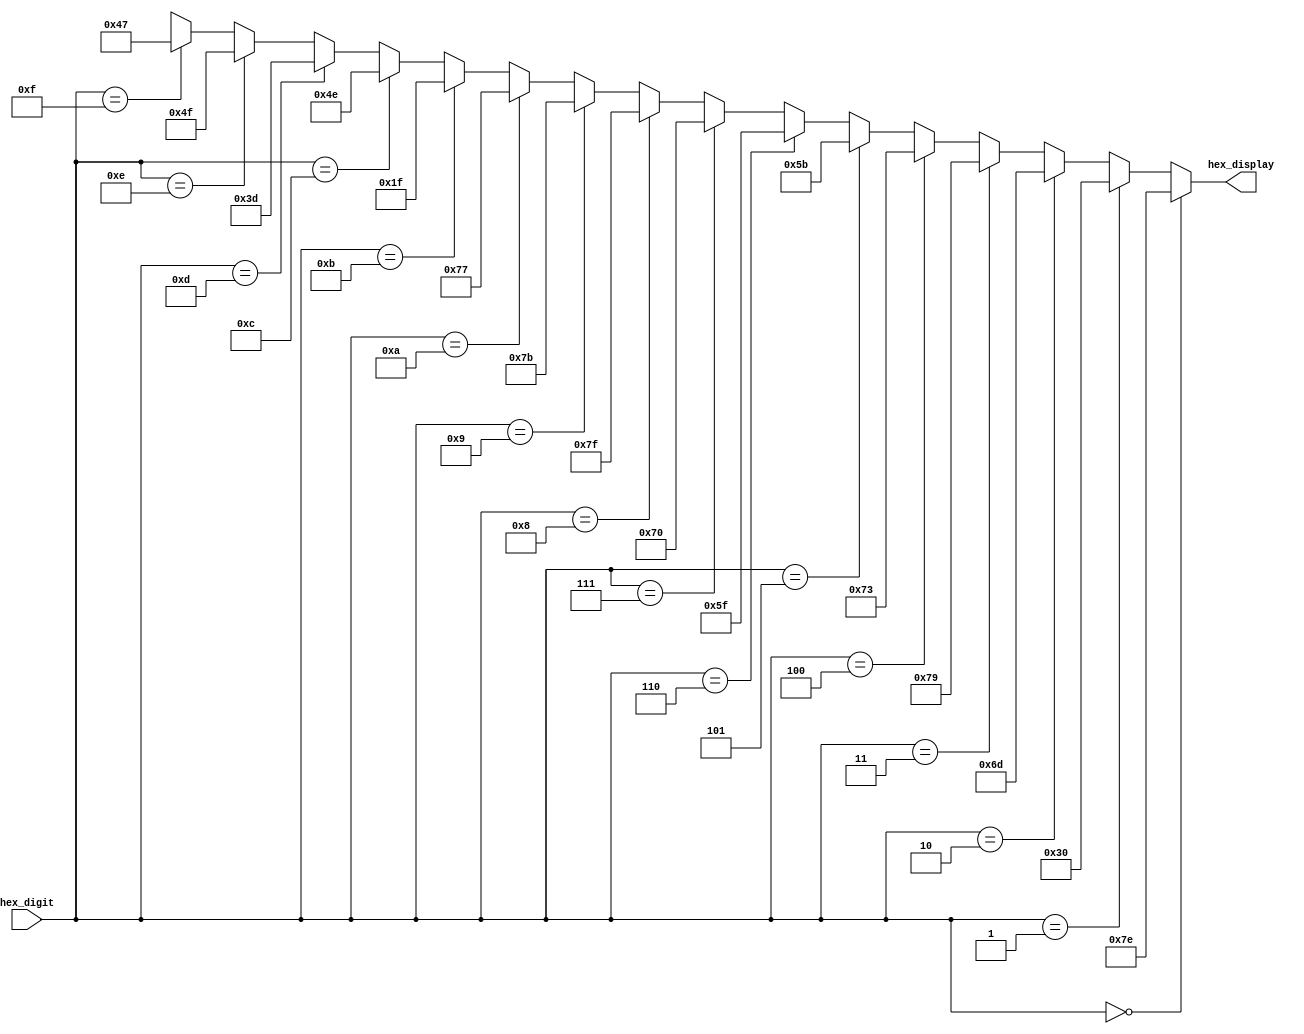

// Version:    1 
// Description: using continuous assignment to convert the binary hex value to the active LED to represent that HEX

module sevensegdecoder_cont_sefunmi(hex_digit, hex_display);
   input  [3:0] hex_digit;
   output [6:0] hex_display;

   assign hex_display = (hex_digit == 4'b0000) ? 7'b1111110:
			(hex_digit == 4'b0001) ? 7'b0110000:
            		(hex_digit == 4'b0010) ? 7'b1101101:
			(hex_digit == 4'b0011) ? 7'b1111001:
            		(hex_digit == 4'b0100) ? 7'b1110011:
			(hex_digit == 4'b0101) ? 7'b1011011:
            		(hex_digit == 4'b0110) ? 7'b1011111:
			(hex_digit == 4'b0111) ? 7'b1110000:
            		(hex_digit == 4'b1000) ? 7'b1111111:
			(hex_digit == 4'b1001) ? 7'b1111011:
            		(hex_digit == 4'b1010) ? 7'b1110111:
			(hex_digit == 4'b1011) ? 7'b0011111:
            		(hex_digit == 4'b1100) ? 7'b1001110:
			(hex_digit == 4'b1101) ? 7'b0111101:
            		(hex_digit == 4'b1110) ? 7'b1001111:
             		(hex_digit == 4'b1111) ? 7'b1000111: 7'bxxxxxxx;
endmodule